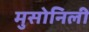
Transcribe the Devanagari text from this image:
मुसोनिली